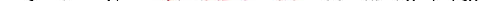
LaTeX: \smash{D_{s}\to D_{E}=\ensuremath{\mathrm{\ textsl{v}}_{0}}^{2}/\gamma_{s0}}